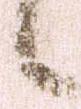
候